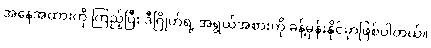
အနေအထားကို ကြည့်ပြီး ဒီဂြိုဟ်ရဲ့ အရွယ်အစားကို ခန့်မှန်းနိုင်မှာဖြစ်ပါတယ်။